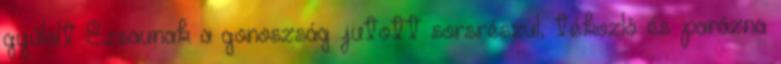
gyűlölt Ézsaunak a gonoszság jutott sorsrészül, tékozló és parázna